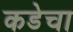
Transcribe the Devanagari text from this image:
कडेचा